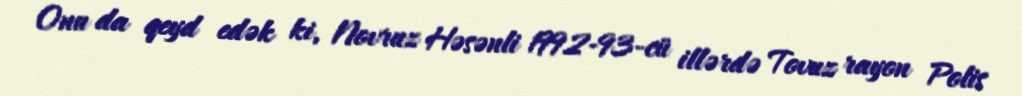
Onu da qeyd edək ki, Novruz Həsənli 1992-93-cü illərdə Tovuz rayon Polis